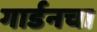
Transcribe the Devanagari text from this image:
गार्डनचा